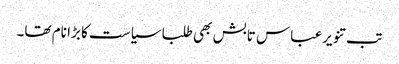
تب تنویرعباس تابش بھی طلبا سیاست کا بڑا نام تھا۔